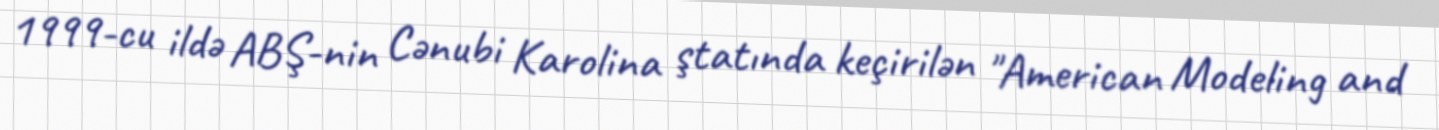
1999-cu ildə ABŞ-nin Cənubi Karolina ştatında keçirilən "American Modeling and